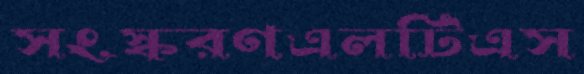
সংস্করণএলটিএস